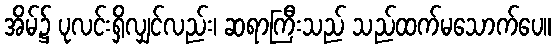
အိမ်၌ ပုလင်းရှိလျှင်လည်း၊ ဆရာကြီးသည် သည်ထက်မသောက်ပေ။